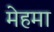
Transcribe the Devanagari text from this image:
मेहमा